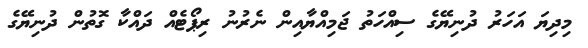
މިދިޔަ އަހަރު ދުނިޔޭގެ ސިއްހަތު ޖަމިއްޔާއިން ނެރުނު ރިޕޯޓެއް ދައްކާ ގޮތުން ދުނިޔޭގެ